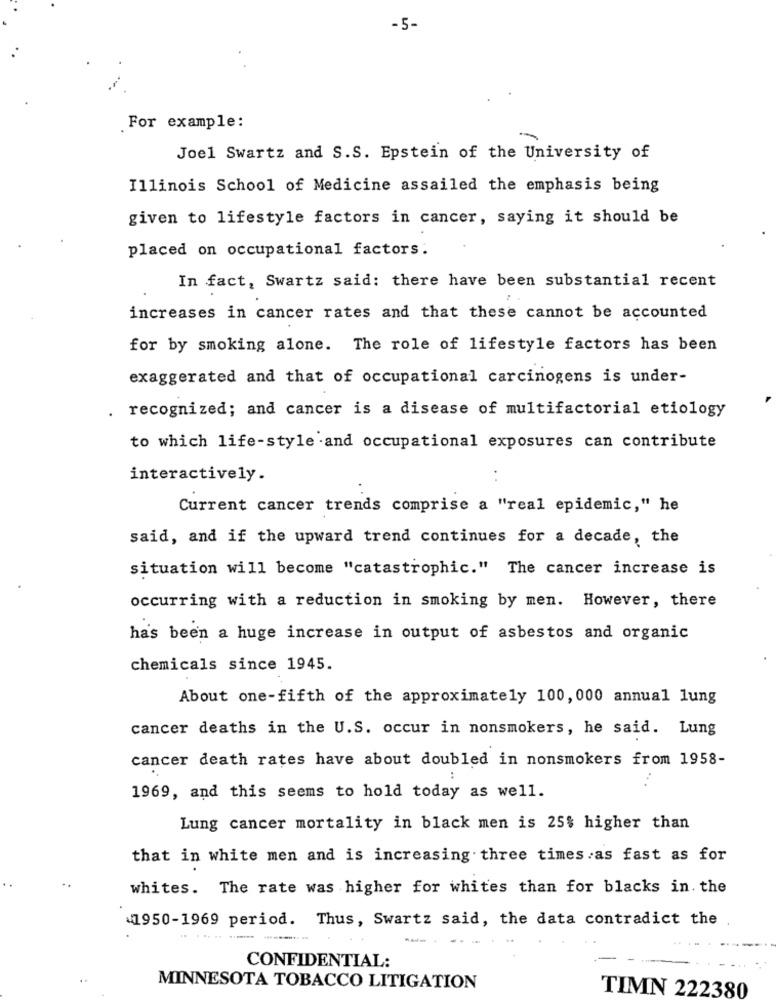
-5-
. For example:
Joel Swartz and S.S. Epstein of the University of
Illinois School of Medicine assailed the emphasis being
given to lifestyle factors in cancer, saying it should be
placed on occupational factors:
In fact, Swartz said: there have been substantial recent
increases in cancer rates and that these cannot be accounted
for by smoking alone. The role of lifestyle factors has been
exaggerated and that of occupational carcinogens is under-
. recognized; and cancer is a disease of multifactorial etiology
to which life-style and occupational exposures can contribute
interactively.
Current cancer trends comprise a "real epidemic," he
said, and if the upward trend continues for a decade, the
situation will become "catastrophic." The cancer increase is
occurring with a reduction in smoking by men. However, there
has been a huge increase in output of asbestos and organic
chemicals since 1945.
About one-fifth of the approximately 100, 000 annual lung
cancer deaths in the U.S. occur in nonsmokers, he said. Lung
cancer death rates have about doubled in nonsmokers from 1958-
1969, and this seems to hold today as well.
Lung cancer mortality in black men is 25% higher than
that in white men and is increasing three times as fast as for
whites. The rate was higher for whites than for blacks in. the
1950-1969 period. Thus, Swartz said, the data contradict the
---
CONFIDENTIAL:
MINNESOTA TOBACCO LITIGATION
TIMN 222380